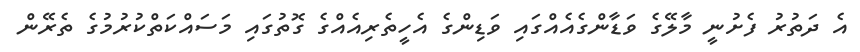
އެ ދަތުރު ފެށުނީ މާލޭގެ ވަޑާންގެއެއްގައި ވަޑިންގެ އެހީތެރިއެއްގެ ގޮތުގައި މަސައްކަތްކުރުމުގެ ތެރޭން